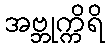
အဗ္ဘုက္ကိရိ